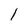
Character: 1